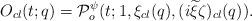
LaTeX: \begin{align*}O_{cl}(t;q)= {\cal P}^{\psi}_o(t;1,\xi_{cl}(q),(i{\widetilde \xi}\zeta)_{cl}(q)).\end{align*}